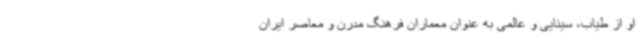
او از طیاب، سینایی و عالمی به عنوان معماران فرهنگ مدرن و معاصر ایران